Annual report of the Punjab Veterinary College and of the Civil Veterinary Department, Punjab - 1920-1925
Year: 1920
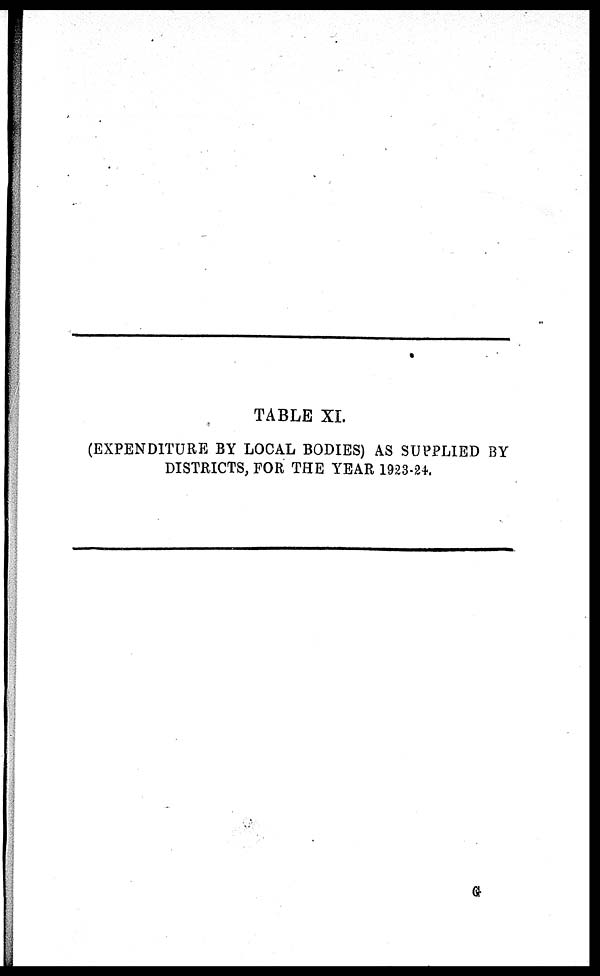
TABLE XL
(EXPENDITURE BY LOCAL BODIES) AS SUPPLIED BY
DISTRICTS, FOR THE YEAR 1923-24.